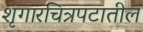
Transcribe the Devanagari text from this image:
शृंगारचित्रपटातील